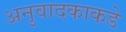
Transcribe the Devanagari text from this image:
अनुवादकाकडे